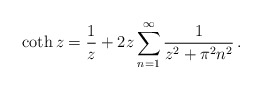
\begin{align*}\coth z=\frac{1}{z}+ 2z \sum_{n=1}^\infty \frac{1}{z^2+\pi^2n^2}\,{.}\end{align*}